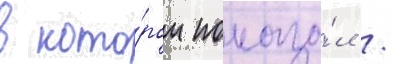
в кото́ром показа́л /